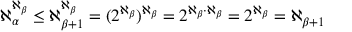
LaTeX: \aleph _ { \alpha } ^ { \aleph _ { \beta } } \leq \aleph _ { \beta + 1 } ^ { \aleph _ { \beta } } = ( 2 ^ { \aleph _ { \beta } } ) ^ { \aleph _ { \beta } } = 2 ^ { \aleph _ { \beta } \cdot \aleph _ { \beta } } = 2 ^ { \aleph _ { \beta } } = \aleph _ { \beta + 1 }